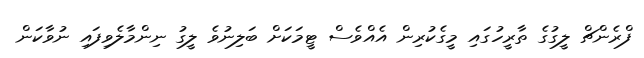
ފްރެންޗް ލީގުގެ ތާރީހުގައި މީގެކުރިން އެއްވެސް ޓީމަކަށް ބަލިނުވެ ލީގު ނިންމާލެވިފައި ނުވާކަން